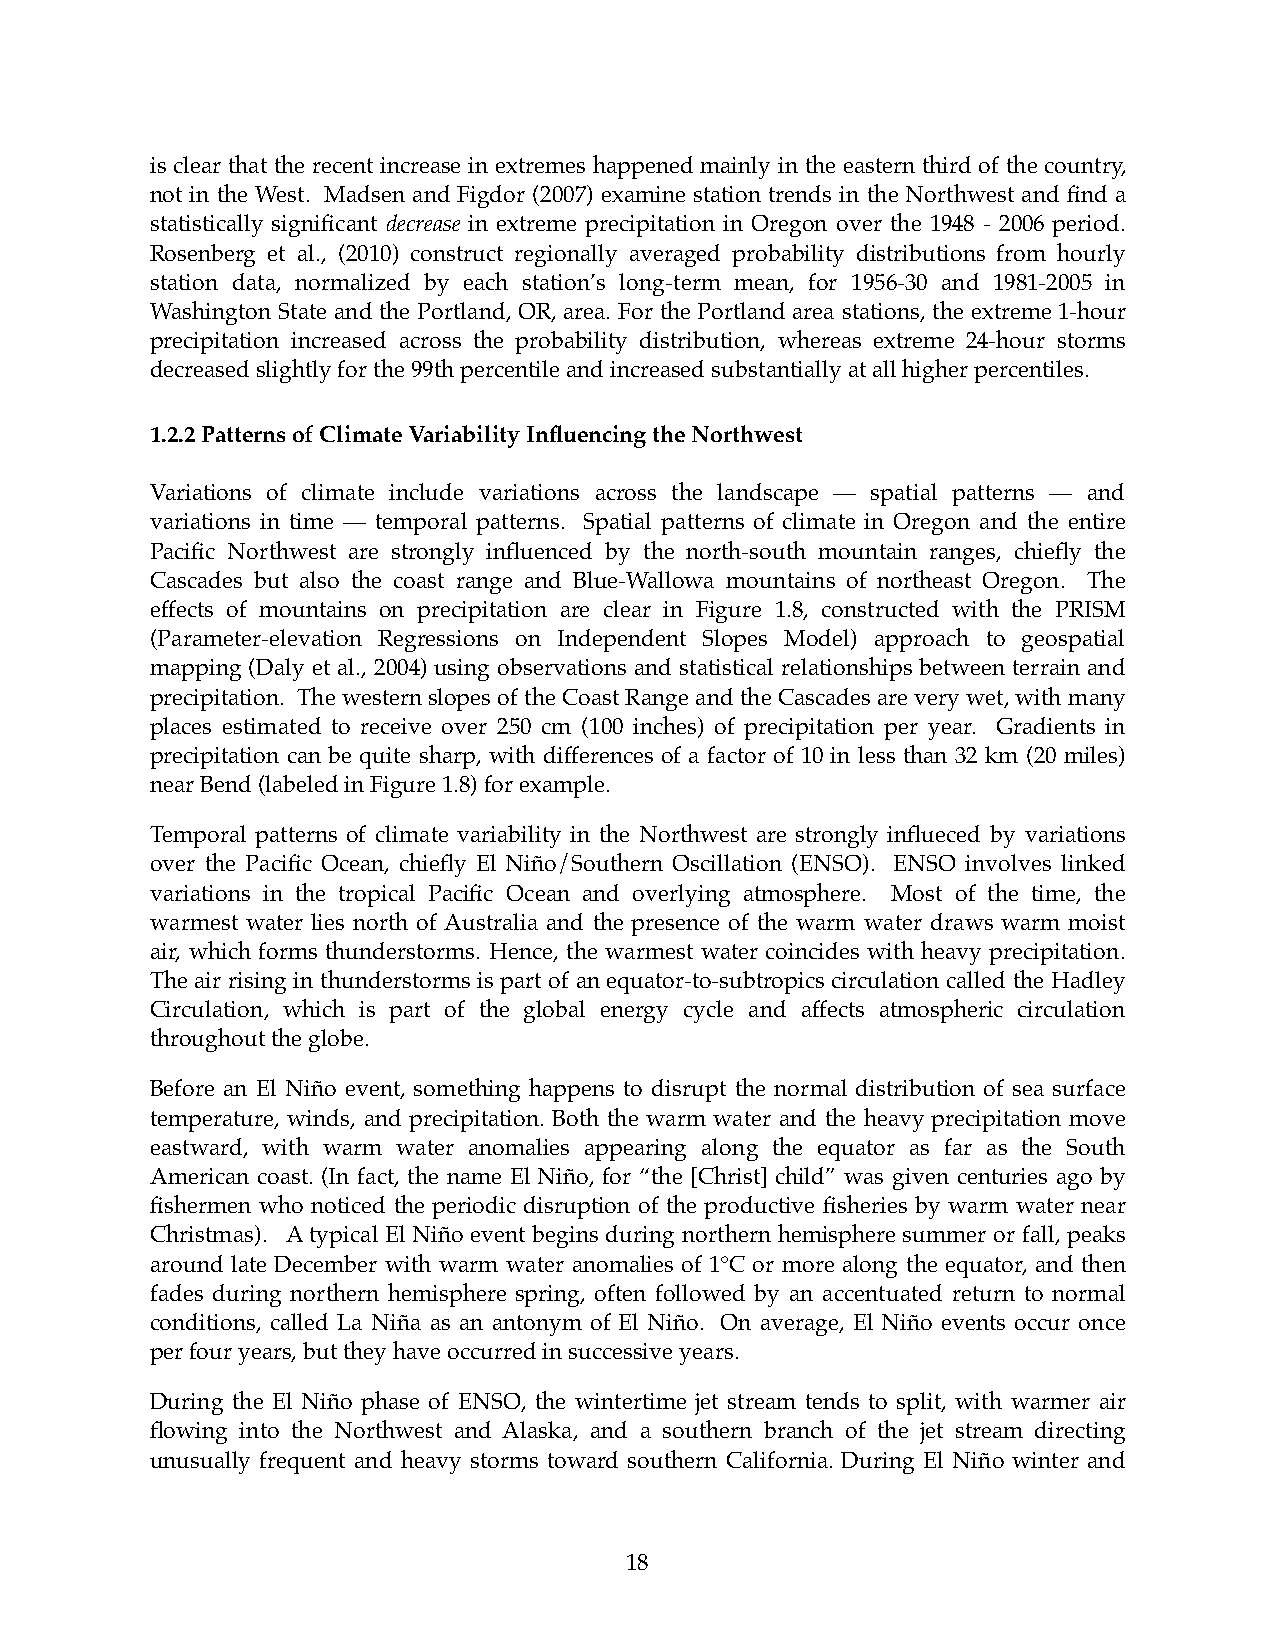
is clear that the recent increase in extremes happened mainly in the eastern third of the country,
 not in the West. Madsen and Figdor (2007) examine station trends in the Northwest and find a
 statistically significant decrease in extreme precipitation in Oregon over the 1948 - 2006 period.
 Rosenberg et al., (2010) construct regionally averaged probability distributions from hourly
 station data, normalized by each station’s long-term mean, for 1956-30 and 1981-2005 in
 Washington State and the Portland, OR, area. For the Portland area stations, the extreme 1-hour
 precipitation increased across the probability distribution, whereas extreme 24-hour storms
 decreased slightly for the 99th percentile and increased substantially at all higher percentiles.
 1.2.2 Patterns of Climate Variability Influencing the Northwest
 Variations of climate include variations across the landscape — spatial patterns — and
 variations in time — temporal patterns. Spatial patterns of climate in Oregon and the entire
 Pacific Northwest are strongly influenced by the north-south mountain ranges, chiefly the
 Cascades but also the coast range and Blue-Wallowa mountains of northeast Oregon. The
 effects of mountains on precipitation are clear in Figure 1.8, constructed with the PRISM
 (Parameter-elevation Regressions on Independent Slopes Model) approach to geospatial
 mapping (Daly et al., 2004) using observations and statistical relationships between terrain and
 precipitation. The western slopes of the Coast Range and the Cascades are very wet, with many
 places estimated to receive over 250 cm (100 inches) of precipitation per year. Gradients in
 precipitation can be quite sharp, with differences of a factor of 10 in less than 32 km (20 miles)
 near Bend (labeled in Figure 1.8) for example.
 Temporal patterns of climate variability in the Northwest are strongly influeced by variations
 over the Pacific Ocean, chiefly El Niño/Southern Oscillation (ENSO). ENSO involves linked
 variations in the tropical Pacific Ocean and overlying atmosphere. Most of the time, the
 warmest water lies north of Australia and the presence of the warm water draws warm moist
 air, which forms thunderstorms. Hence, the warmest water coincides with heavy precipitation.
 The air rising in thunderstorms is part of an equator-to-subtropics circulation called the Hadley
 Circulation, which is part of the global energy cycle and affects atmospheric circulation
 throughout the globe.
 Before an El Niño event, something happens to disrupt the normal distribution of sea surface
 temperature, winds, and precipitation. Both the warm water and the heavy precipitation move
 eastward, with warm water anomalies appearing along the equator as far as the South
 American coast. (In fact, the name El Niño, for “the [Christ] child” was given centuries ago by
 fishermen who noticed the periodic disruption of the productive fisheries by warm water near
 Christmas). A typical El Niño event begins during northern hemisphere summer or fall, peaks
 around late December with warm water anomalies of 1°C or more along the equator, and then
 fades during northern hemisphere spring, often followed by an accentuated return to normal
 conditions, called La Niña as an antonym of El Niño. On average, El Niño events occur once
 per four years, but they have occurred in successive years.
 During the El Niño phase of ENSO, the wintertime jet stream tends to split, with warmer air
 flowing into the Northwest and Alaska, and a southern branch of the jet stream directing
 unusually frequent and heavy storms toward southern California. During El Niño winter and
 18